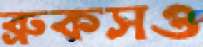
ব্রুকসও